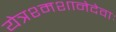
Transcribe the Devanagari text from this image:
येत्रश्मशानेदेवाः